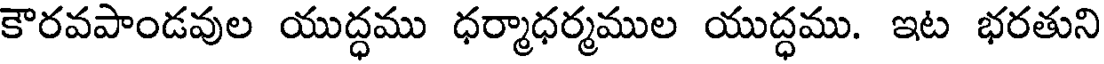
కౌరవపాండవుల యుద్ధము ధర్మాధర్మముల యుద్ధము. ఇట భరతుని